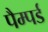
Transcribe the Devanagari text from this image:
पैम्पर्ड